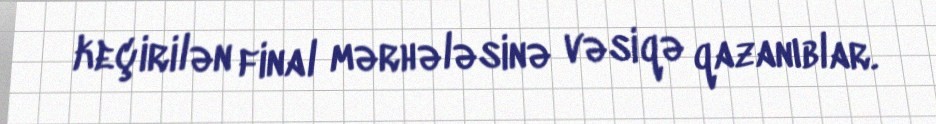
keçirilən final mərhələsinə vəsiqə qazanıblar.